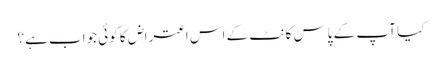
کیا آپ کے پاس کانٹ کے اس اعتراض کا کوئی جواب ہے؟